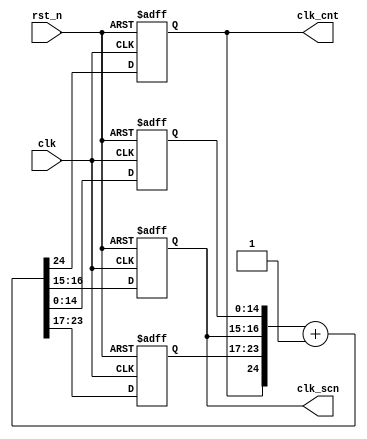
`timescale 1ns / 1ps
//////////////////////////////////////////////////////////////////////////////////
// Company: NTHUEE
// 
// Design Name: 
// Module Name:    freqdiv24 
// Project Name: Lab 4
// Target Devices: 
// Tool versions: 
// Description: 
//
// Dependencies: 
//
// Revision: 
// Revision 0.01 - File Created
// Additional Comments: 
//
//////////////////////////////////////////////////////////////////////////////////
`define FREQ_DIV_BIT 25 // If old board set to 24, new board 25
module freq_div(
  clk_cnt, //divided clock output
  clk_scn, // divided clock for 14-segment display scan
  clk, // clock from the 40MHz oscillator
  rst_n // low active reset
);

output clk_cnt; //divided clock output
output [1:0] clk_scn; // divided clock for 14-segment display scan
input clk; // clock from the 40MHz oscillator
input rst_n; //low active reset

reg clk_cnt; // divided clock output (in the always block)
reg [1:0] clk_scn; // divided clock for seven-segment display scan (in the always block)
reg [14:0] cnt_l; // temperatory buffer
reg [6:0] cnt_h; // temperatory buffer
reg [`FREQ_DIV_BIT-1:0] cnt_tmp; // input node to flip flops

// Combinational block 
always @*
  cnt_tmp = {clk_cnt,cnt_h,clk_scn,cnt_l} + 1'b1;
  
// Sequential block 
always @(posedge clk or negedge rst_n)
  if (~rst_n)
    {clk_cnt,cnt_h,clk_scn,cnt_l} <= `FREQ_DIV_BIT'b0;
  else
    {clk_cnt,cnt_h,clk_scn,cnt_l} <= cnt_tmp;

endmodule